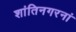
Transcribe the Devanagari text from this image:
शांतिनगरनां